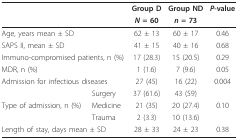
|  |  | Group D | Group ND | P-value |
 |  |  | N = 60 | n = 73 |  |
 | --- | --- | --- | --- | --- |
 | <COLSPAN=2> Age, years mean ± SD | 62 ± 13 | 60 ± 17 | 0.46 |
 | <COLSPAN=2> SAPS II, mean ± SD | 41 ± 15 | 40 ± 16 | 0.68 |
 | <COLSPAN=2> Immuno-compromised patients, n (%) | 17 (28.3) | 15 (20.5) | 0.29 |
 | <COLSPAN=2> MDR, n (%) | 1 (1.6) | 7 (9.6) | 0.05 |
 | <COLSPAN=2> Admission for infectious diseases | 27 (45) | 16 (22) | 0.004 |
 |  | Surgery | 37 (61.6) | 43 (59) |  |
 | Type of admission, n (%) | Medicine | 21 (35) | 20 (27.4) | 0.10 |
 |  | Trauma | 2 (3.3) | 10 (13.6) |  |
 | <COLSPAN=2> Length of stay, days mean ± SD | 28 ± 33 | 24 ± 23 | 0.38 |